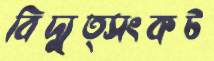
বিদ্যুত্সংকট